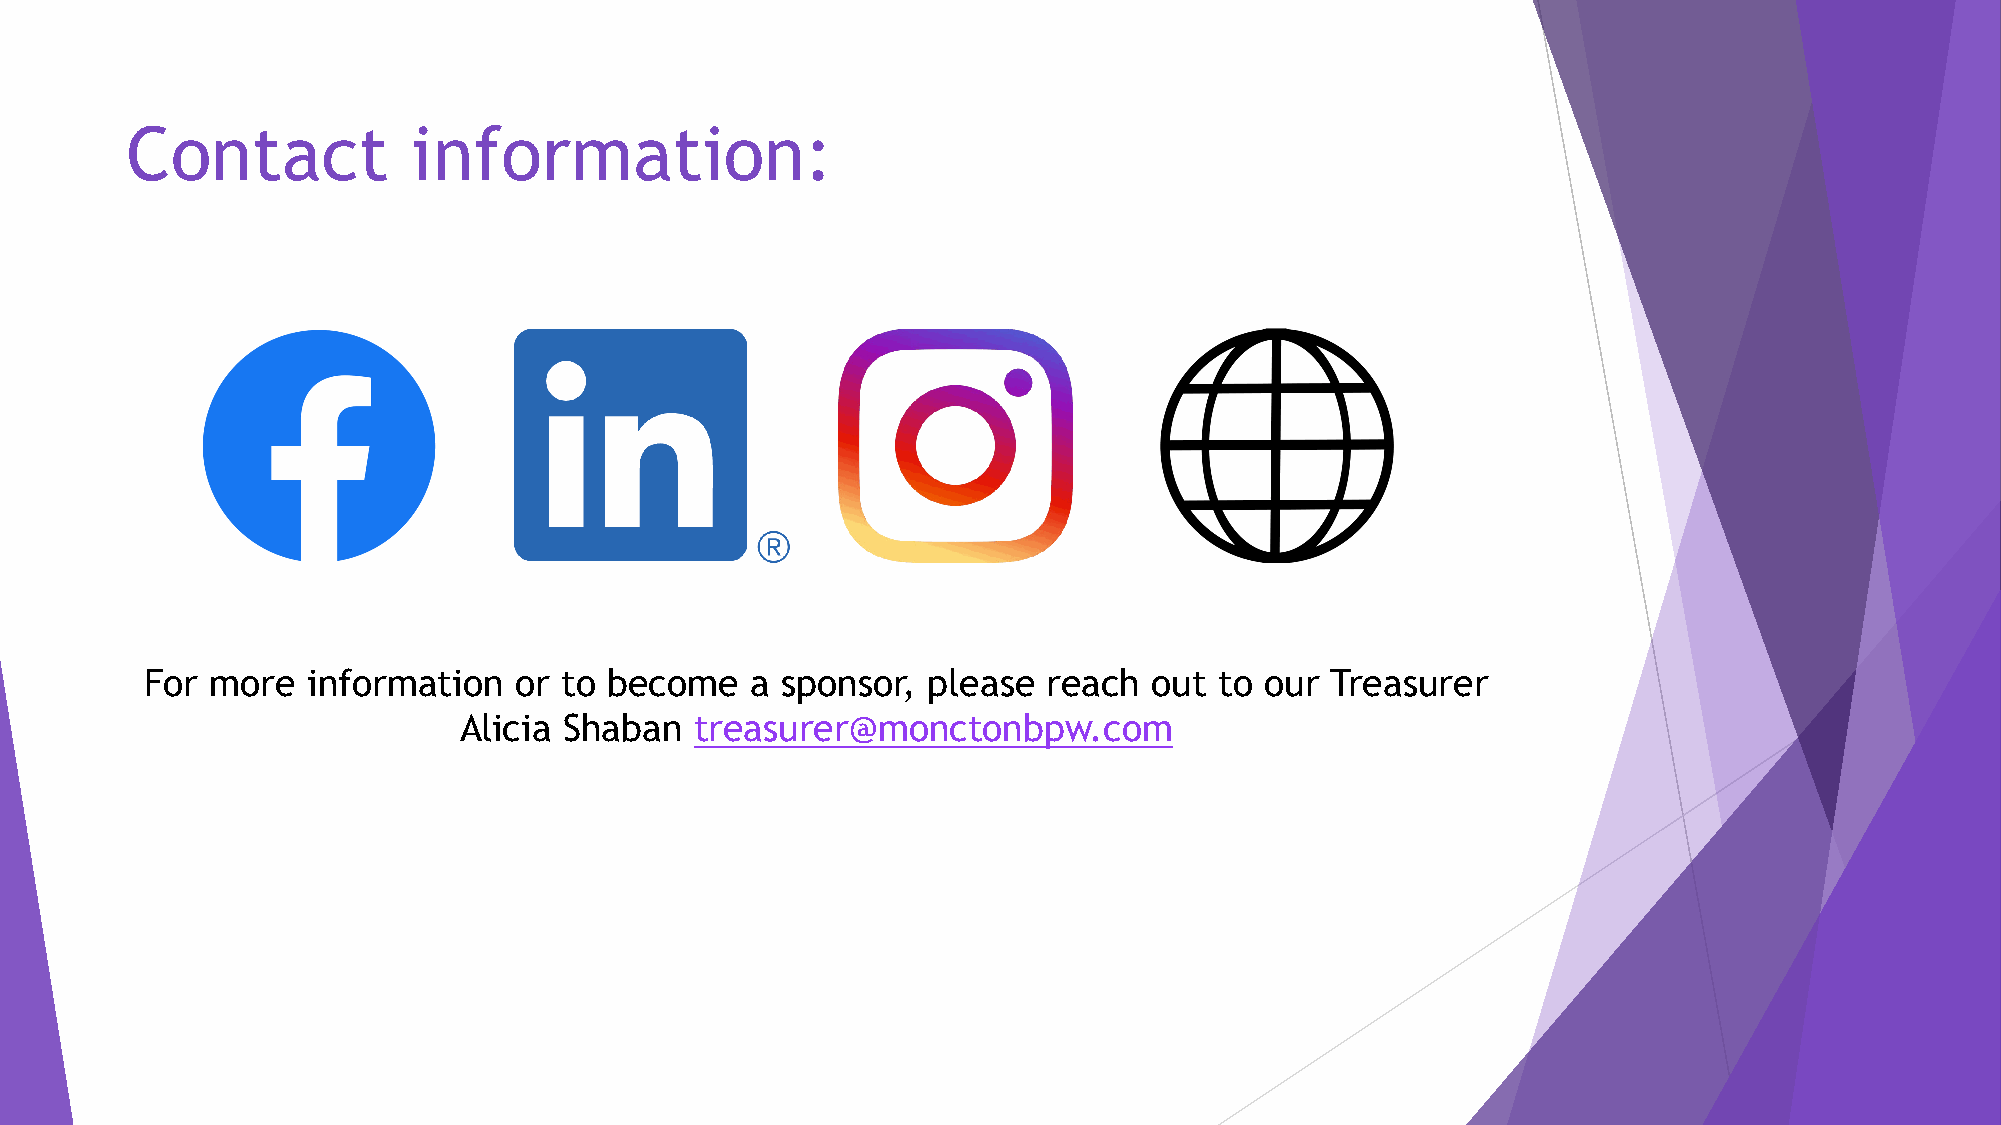
Contact            information:
 For more  information   or to become    a sponsor, please  reach  out  to our Treasurer
 Alicia Shaban   treasurer@monctonbpw.com